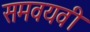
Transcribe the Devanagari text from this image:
समवयवी